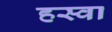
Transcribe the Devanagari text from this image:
हस्वा